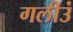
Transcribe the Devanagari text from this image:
गलीउं